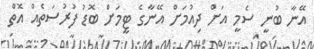
އޭނާ ބުނީ ސެމީ އަށް ދިއުމަށް އޭނާގެ ޓީމަށް ބޮޑު ފުރުސަތެއް އޮތް